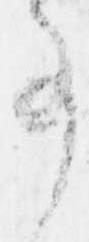
事